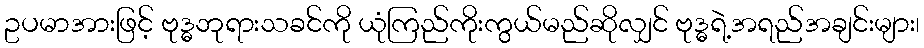
ဥပမာအားဖြင့် ဗုဒ္ဓဘုရားသခင်ကို ယုံကြည်ကိုးကွယ်မည်ဆိုလျှင် ဗုဒ္ဓရဲ့အရည်အချင်းများ၊